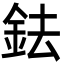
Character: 鉣